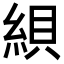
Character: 𦁀